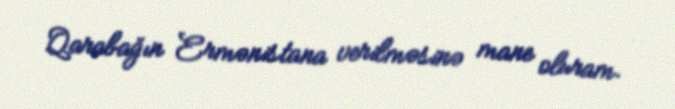
Qarabağın Ermənistana verilməsinə mane oluram.